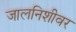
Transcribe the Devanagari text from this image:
जालनिशीवर